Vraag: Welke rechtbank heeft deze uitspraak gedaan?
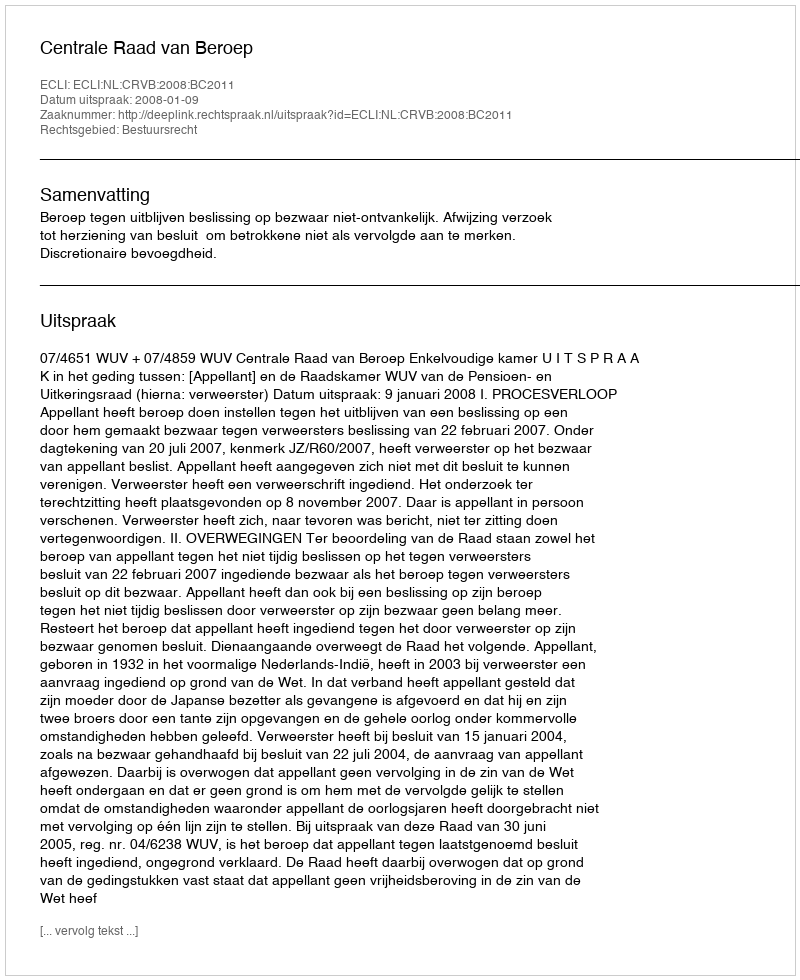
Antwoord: Centrale Raad van Beroep